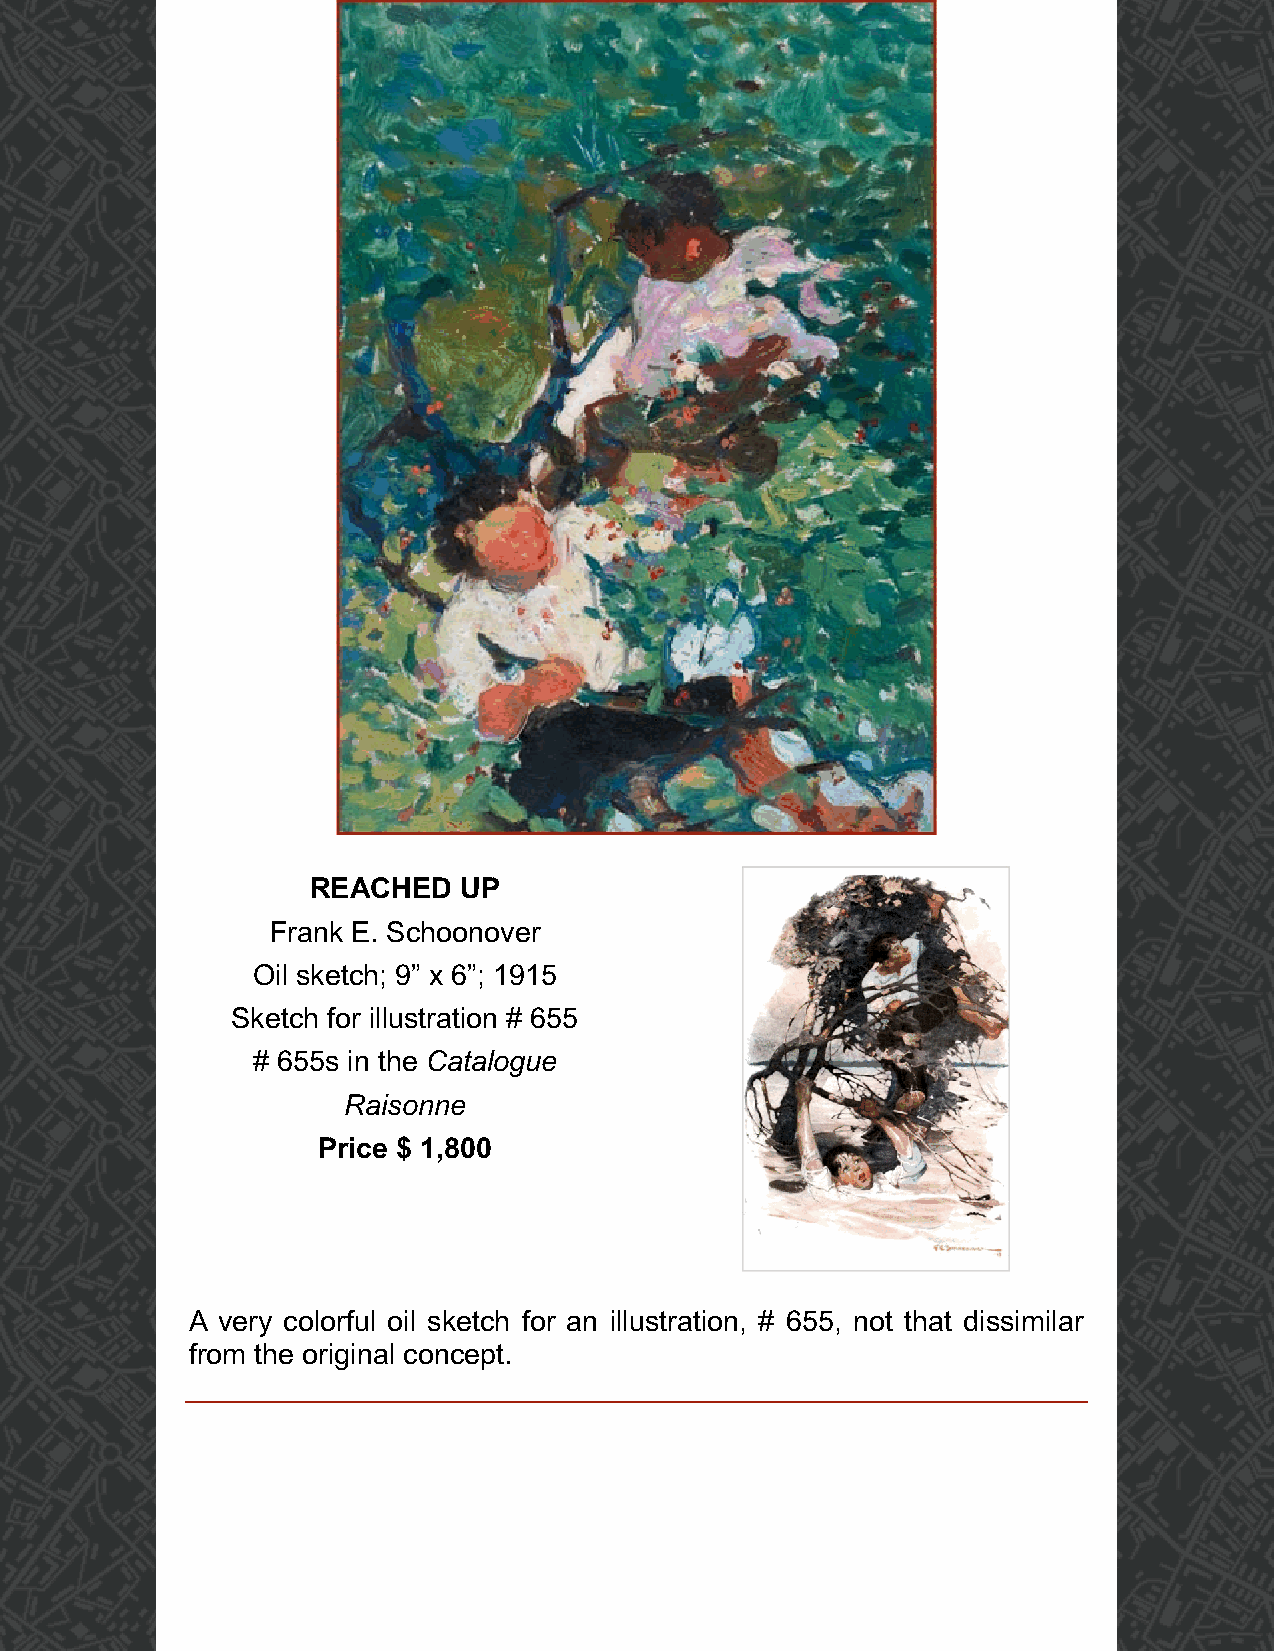
REACHED  UP
 Frank E. Schoonover
 Oil sketch; 9” x 6”; 1915
 Sketch for illustration # 655
 # 655s in the Catalogue
 Raisonne
 Price $ 1,800
 A very colorful oil sketch for an illustration, # 655, not that dissimilar
 from the original concept.